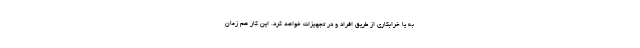
به یا خرابکاری از طریق افراد و در تجهیزات خواهد کرد. این کار هم زمان